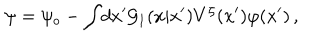
\psi = \psi _ { o } - \int \! d x ^ { \prime } { \cal G } _ { 1 } ( x | x ^ { \prime } ) V ^ { \zeta } ( x ^ { \prime } ) \varphi ( x ^ { \prime } ) \, ,